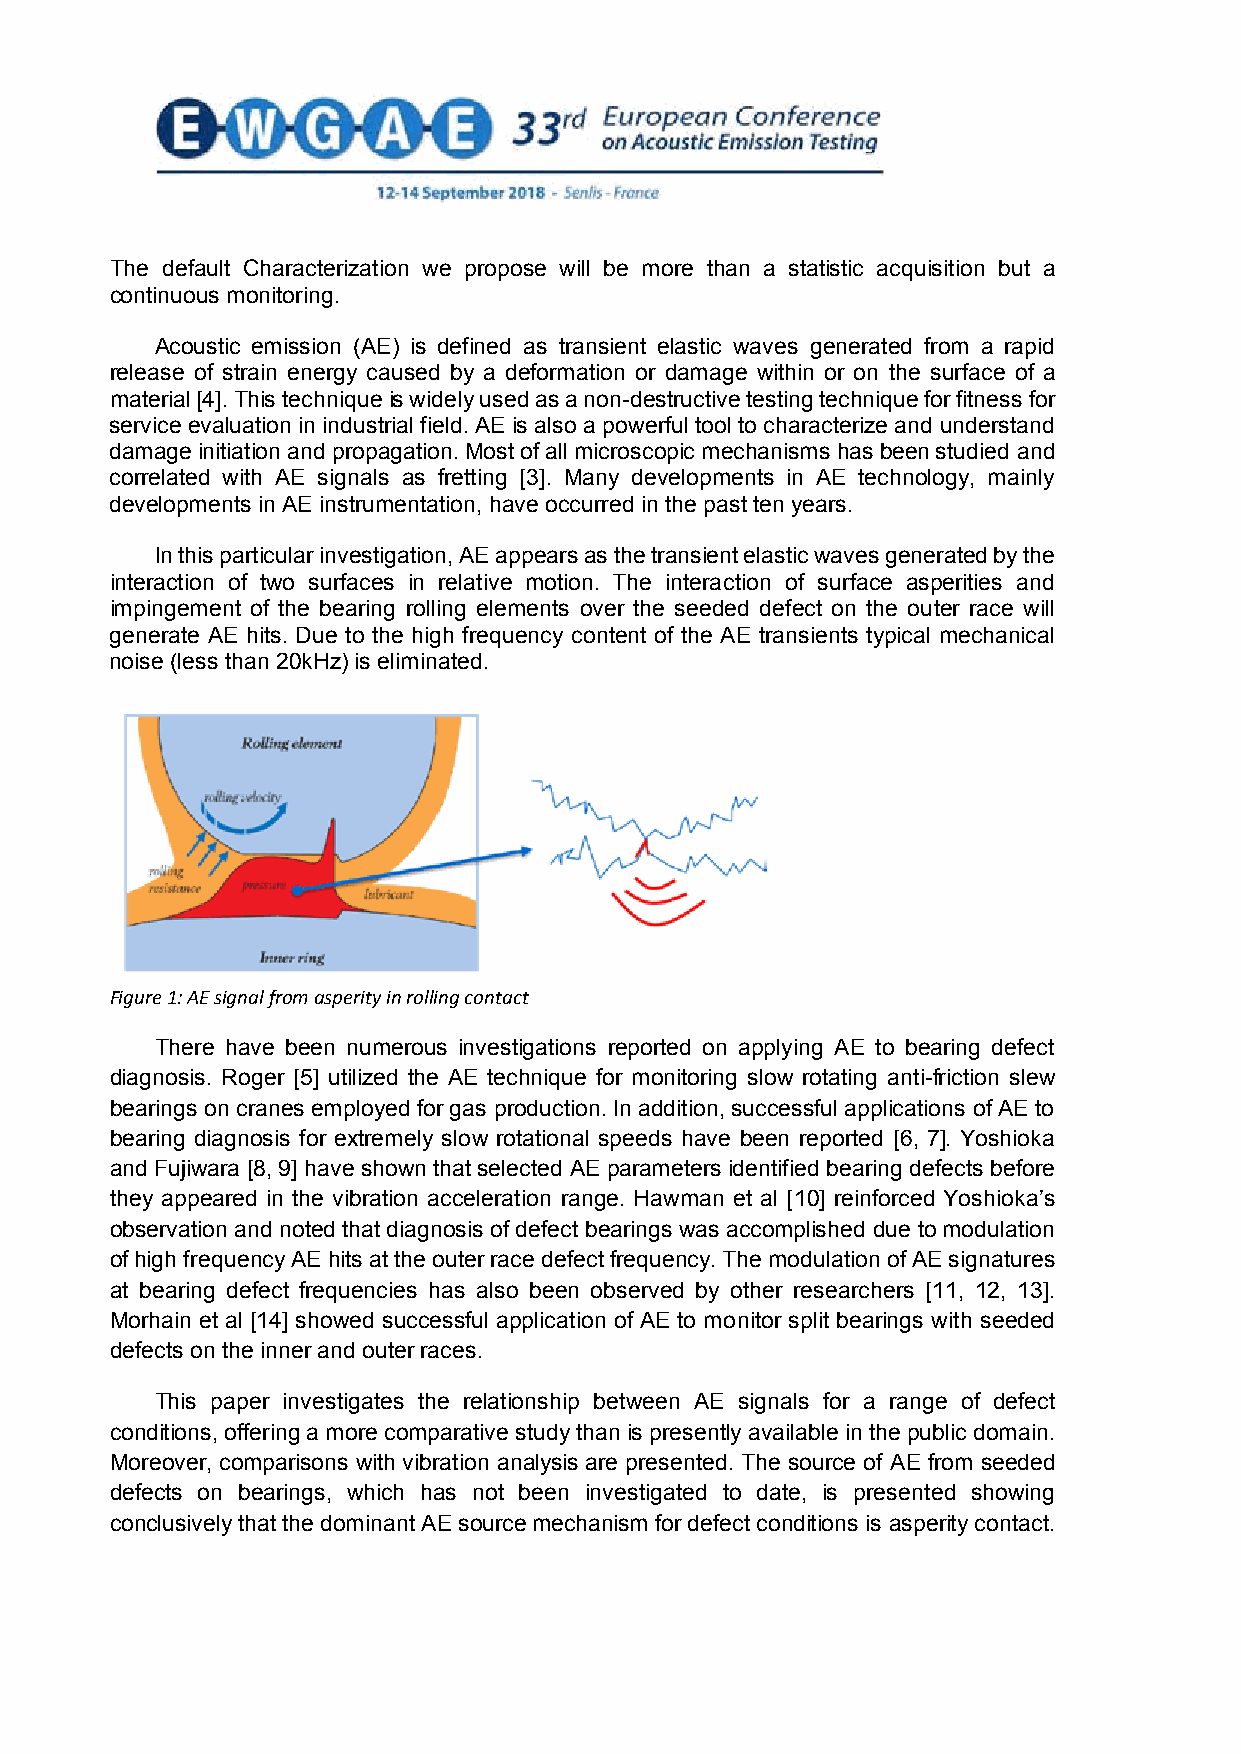
The default Characterization we propose will be more than a statistic acquisition but a
 continuous monitoring.
 Acoustic emission (AE) is defined as transient elastic waves generated from a rapid
 release of strain energy caused by a deformation or damage within or on the surface of a
 material [4]. This technique is widely used as a non-destructive testing technique for fitness for
 service evaluation in industrial field. AE is also a powerful tool to characterize and understand
 damage initiation and propagation. Most of all microscopic mechanisms has been studied and
 correlated with AE signals as fretting [3]. Many developments in AE technology, mainly
 developments in AE instrumentation, have occurred in the past ten years.
 In this particular investigation, AE appears as the transient elastic waves generated by the
 interaction of two surfaces in relative motion. The interaction of surface asperities and
 impingement of the bearing rolling elements over the seeded defect on the outer race will
 generate AE hits. Due to the high frequency content of the AE transients typical mechanical
 noise (less than 20kHz) is eliminated.
 Figure 1: AE signal from asperity in rolling contact
 There have been numerous investigations reported on applying AE to bearing defect
 diagnosis. Roger [5] utilized the AE technique for monitoring slow rotating anti-friction slew
 bearings on cranes employed for gas production. In addition, successful applications of AE to
 bearing diagnosis for extremely slow rotational speeds have been reported [6, 7]. Yoshioka
 and Fujiwara [8, 9] have shown that selected AE parameters identified bearing defects before
 they appeared in the vibration acceleration range. Hawman et al [10] reinforced Yoshioka’s
 observation and noted that diagnosis of defect bearings was accomplished due to modulation
 of high frequency AE hits at the outer race defect frequency. The modulation of AE signatures
 at bearing defect frequencies has also been observed by other researchers [11, 12, 13].
 Morhain et al [14] showed successful application of AE to monitor split bearings with seeded
 defects on the inner and outer races.
 This paper investigates the relationship between AE signals for a range of defect
 conditions, offering a more comparative study than is presently available in the public domain.
 Moreover, comparisons with vibration analysis are presented. The source of AE from seeded
 defects on bearings, which has not been investigated to date, is presented showing
 conclusively that the dominant AE source mechanism for defect conditions is asperity contact.
 2